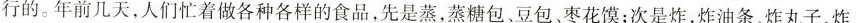
行的。年前几天，人们忙着做各种各样的食品，先是蒸，蒸糖包、豆包、枣花馍；次是炸，